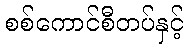
စစ်ကောင်စီတပ်နှင့်